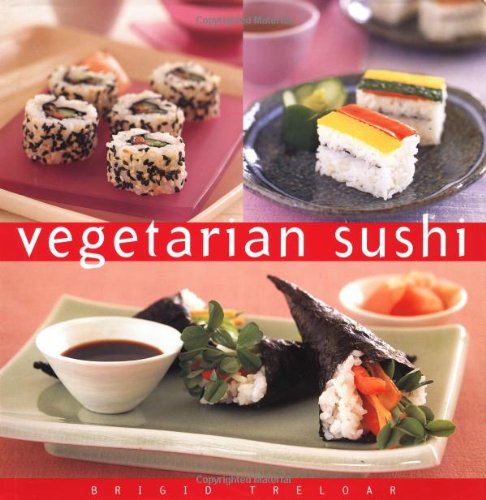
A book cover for Vegetarian Sushi (Essential Kitchen Series); Brigid Treloar; Cookbooks, Food & Wine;